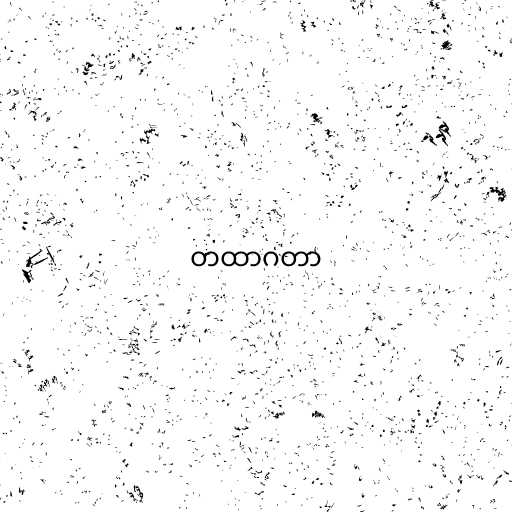
တထာဂတာ